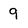
Character: 9